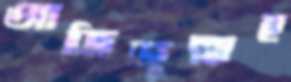
আজিজুল্লাহ